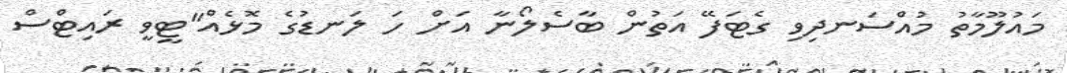
މައުލޫމާތު މުއްސަނދިވި ގެޓަފޭ އަތުން ބާސެލޯނާ އަށް ހަ ލަނޑުގެ މޮޅެއް"ޓީވީ ރައިޓްސް